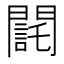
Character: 𨶃